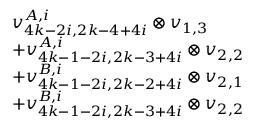
\begin{array} { r l } & { v _ { 4 k - 2 i , 2 k - 4 + 4 i } ^ { A , i } \otimes v _ { 1 , 3 } } \\ & { + v _ { 4 k - 1 - 2 i , 2 k - 3 + 4 i } ^ { A , i } \otimes v _ { 2 , 2 } } \\ & { + v _ { 4 k - 1 - 2 i , 2 k - 2 + 4 i } ^ { B , i } \otimes v _ { 2 , 1 } } \\ & { + v _ { 4 k - 1 - 2 i , 2 k - 3 + 4 i } ^ { B , i } \otimes v _ { 2 , 2 } } \end{array}